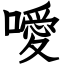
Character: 噯